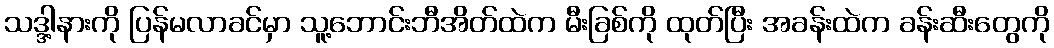
သဒ္ဒါ့နားကို ပြန်မလာခင်မှာ သူ့ဘောင်းဘီအိတ်ထဲက မီးခြစ်ကို ထုတ်ပြီး အခန်းထဲက ခန်းဆီးတွေကို